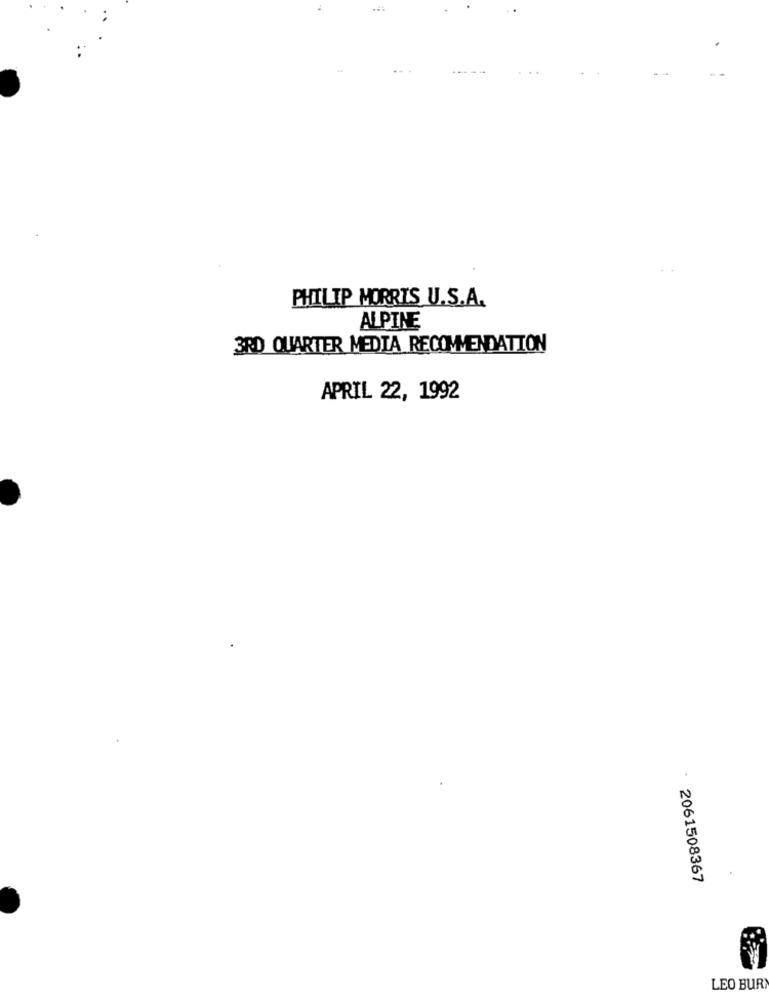
PHILIP MORRIS U.S.A.
ALPINE
3RD QUARTER MEDIA RECOMMENDATION
APRIL 22, 1992
2061508367
LEO BUR